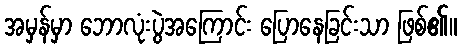
အမှန်မှာ ဘောလုံးပွဲအကြောင်း ပြောနေခြင်းသာ ဖြစ်၏။